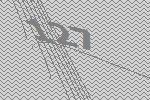
127